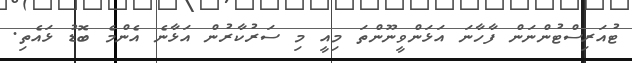
ޓުއަރިސްޓުންނަން ފާހާނަ އަޅަންވީނޫންތަ މިއީ މި ސަރުކާރުން އަޅާނެ އެންމެ ބޮޑު ޅައެތި.